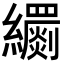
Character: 𦇧